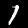
Label: 1